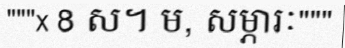
"""x 8 ស។ ម, សម្ភារៈ"""